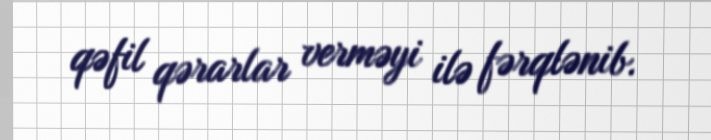
qəfil qərarlar verməyi ilə fərqlənib.